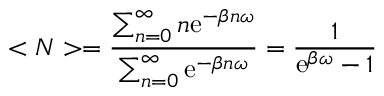
< N > = { \frac { \sum _ { n = 0 } ^ { \infty } n \mathrm { e } ^ { - \beta n \omega } } { \sum _ { n = 0 } ^ { \infty } \mathrm { e } ^ { - \beta n \omega } } } = { \frac { 1 } { \mathrm { e } ^ { \beta \omega } - 1 } }